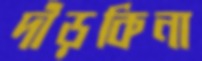
দাঁড়কিনা